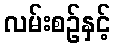
လမ်းစဉ်နှင့်